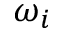
\omega _ { i }